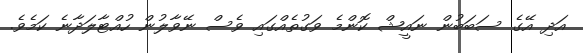
އަދި އޭގެ ސަބަބުން ނައީޝް ކޮންމެ ވަގުތެއްގައި ވެސް ނޭވާލުން ހުއްޓާލަދާނެ ކަމެވެ.